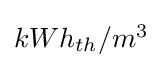
\textstyle kWh_{th}/m^{3}